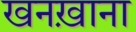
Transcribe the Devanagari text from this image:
खनख़ाना